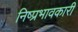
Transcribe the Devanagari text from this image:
निष्प्रभावकारी